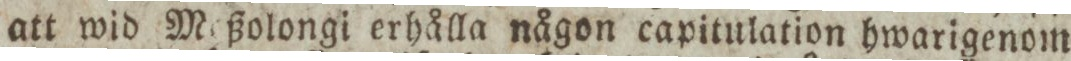
att wid Meßolongi erhålla någon capitulation hwarigenom